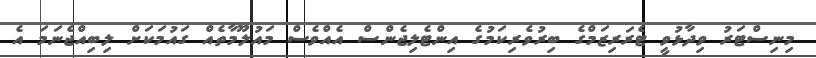
މިނިސްޓަރު ވިދާޅުވީ ޓެރަރިޒަމްގެ ބިރުވެރިކަމުގެ އިންޓެލިޖެންސް އެއްވެސް މައުލޫމާތެއް ގައުމަކަށް ލިބިއްޖެނަމަ އެ